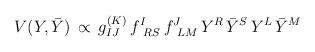
LaTeX: \begin{align*}V (Y,{\bar Y}) \,\propto\, g^{(K)}_{IJ} \,f^{I}_{\ RS} \, f^J_{\ LM} \,Y^R \, {\bar Y}^S \, Y^L \, {\bar Y}^M\end{align*}